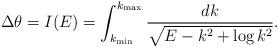
LaTeX: \begin{align*} \Delta\theta = I(E)=\int_{k_{\min}}^{k_{\max}}\frac{dk}{\sqrt{E-k^2+\log{k}^2}}.\end{align*}